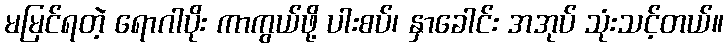
မမြင်ရတဲ့ ရောဂါပိုး ကာကွယ်ဖို့ ပါးစပ်၊ နှာခေါင်း အအုပ် သုံးသင့်တယ်။